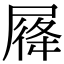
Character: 𡲛